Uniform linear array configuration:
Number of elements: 4
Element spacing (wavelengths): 1
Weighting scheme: hann
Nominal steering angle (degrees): -45
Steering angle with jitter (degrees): -45.285
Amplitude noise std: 0.05
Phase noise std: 0.05

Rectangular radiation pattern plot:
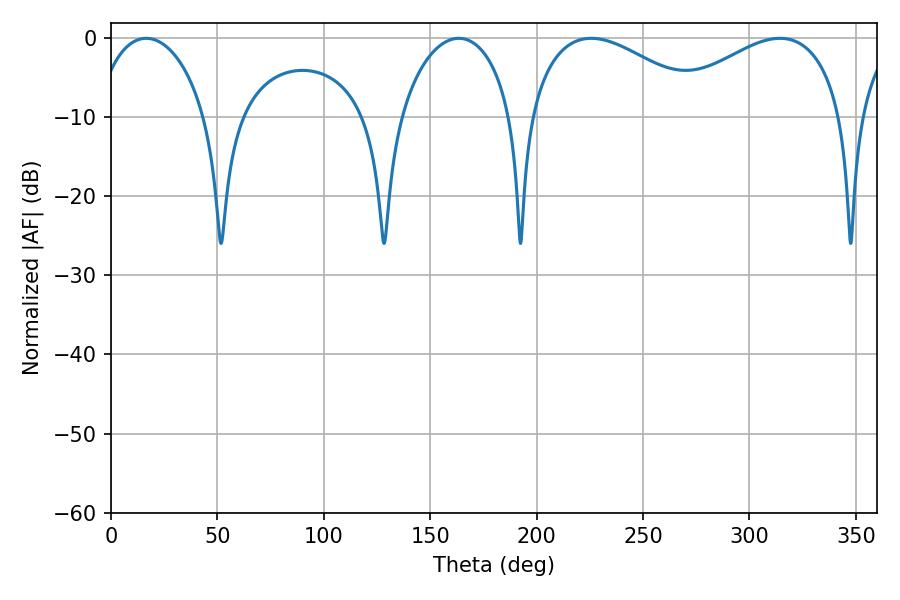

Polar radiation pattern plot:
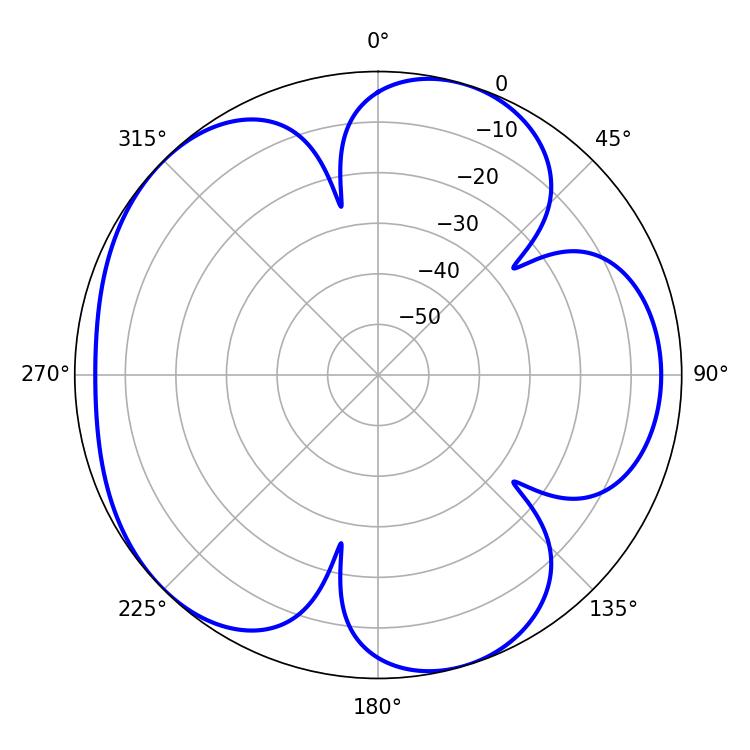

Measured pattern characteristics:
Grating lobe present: TRUE
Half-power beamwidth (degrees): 30.24
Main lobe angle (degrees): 16.56